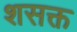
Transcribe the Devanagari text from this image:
शसक्त